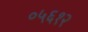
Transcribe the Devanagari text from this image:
०५६१२